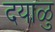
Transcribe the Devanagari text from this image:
दयाळु